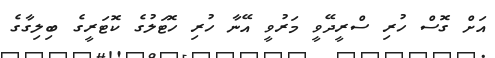
އަށް ގޮސް ހުރި ސްރީދޭވީ މަރުވީ އޭނާ ހުރި ހޮޓަލުގެ ކޮޓަރީގެ ބިލިގާގެ